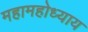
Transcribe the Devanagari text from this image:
महामहोध्याय